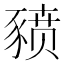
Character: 豮